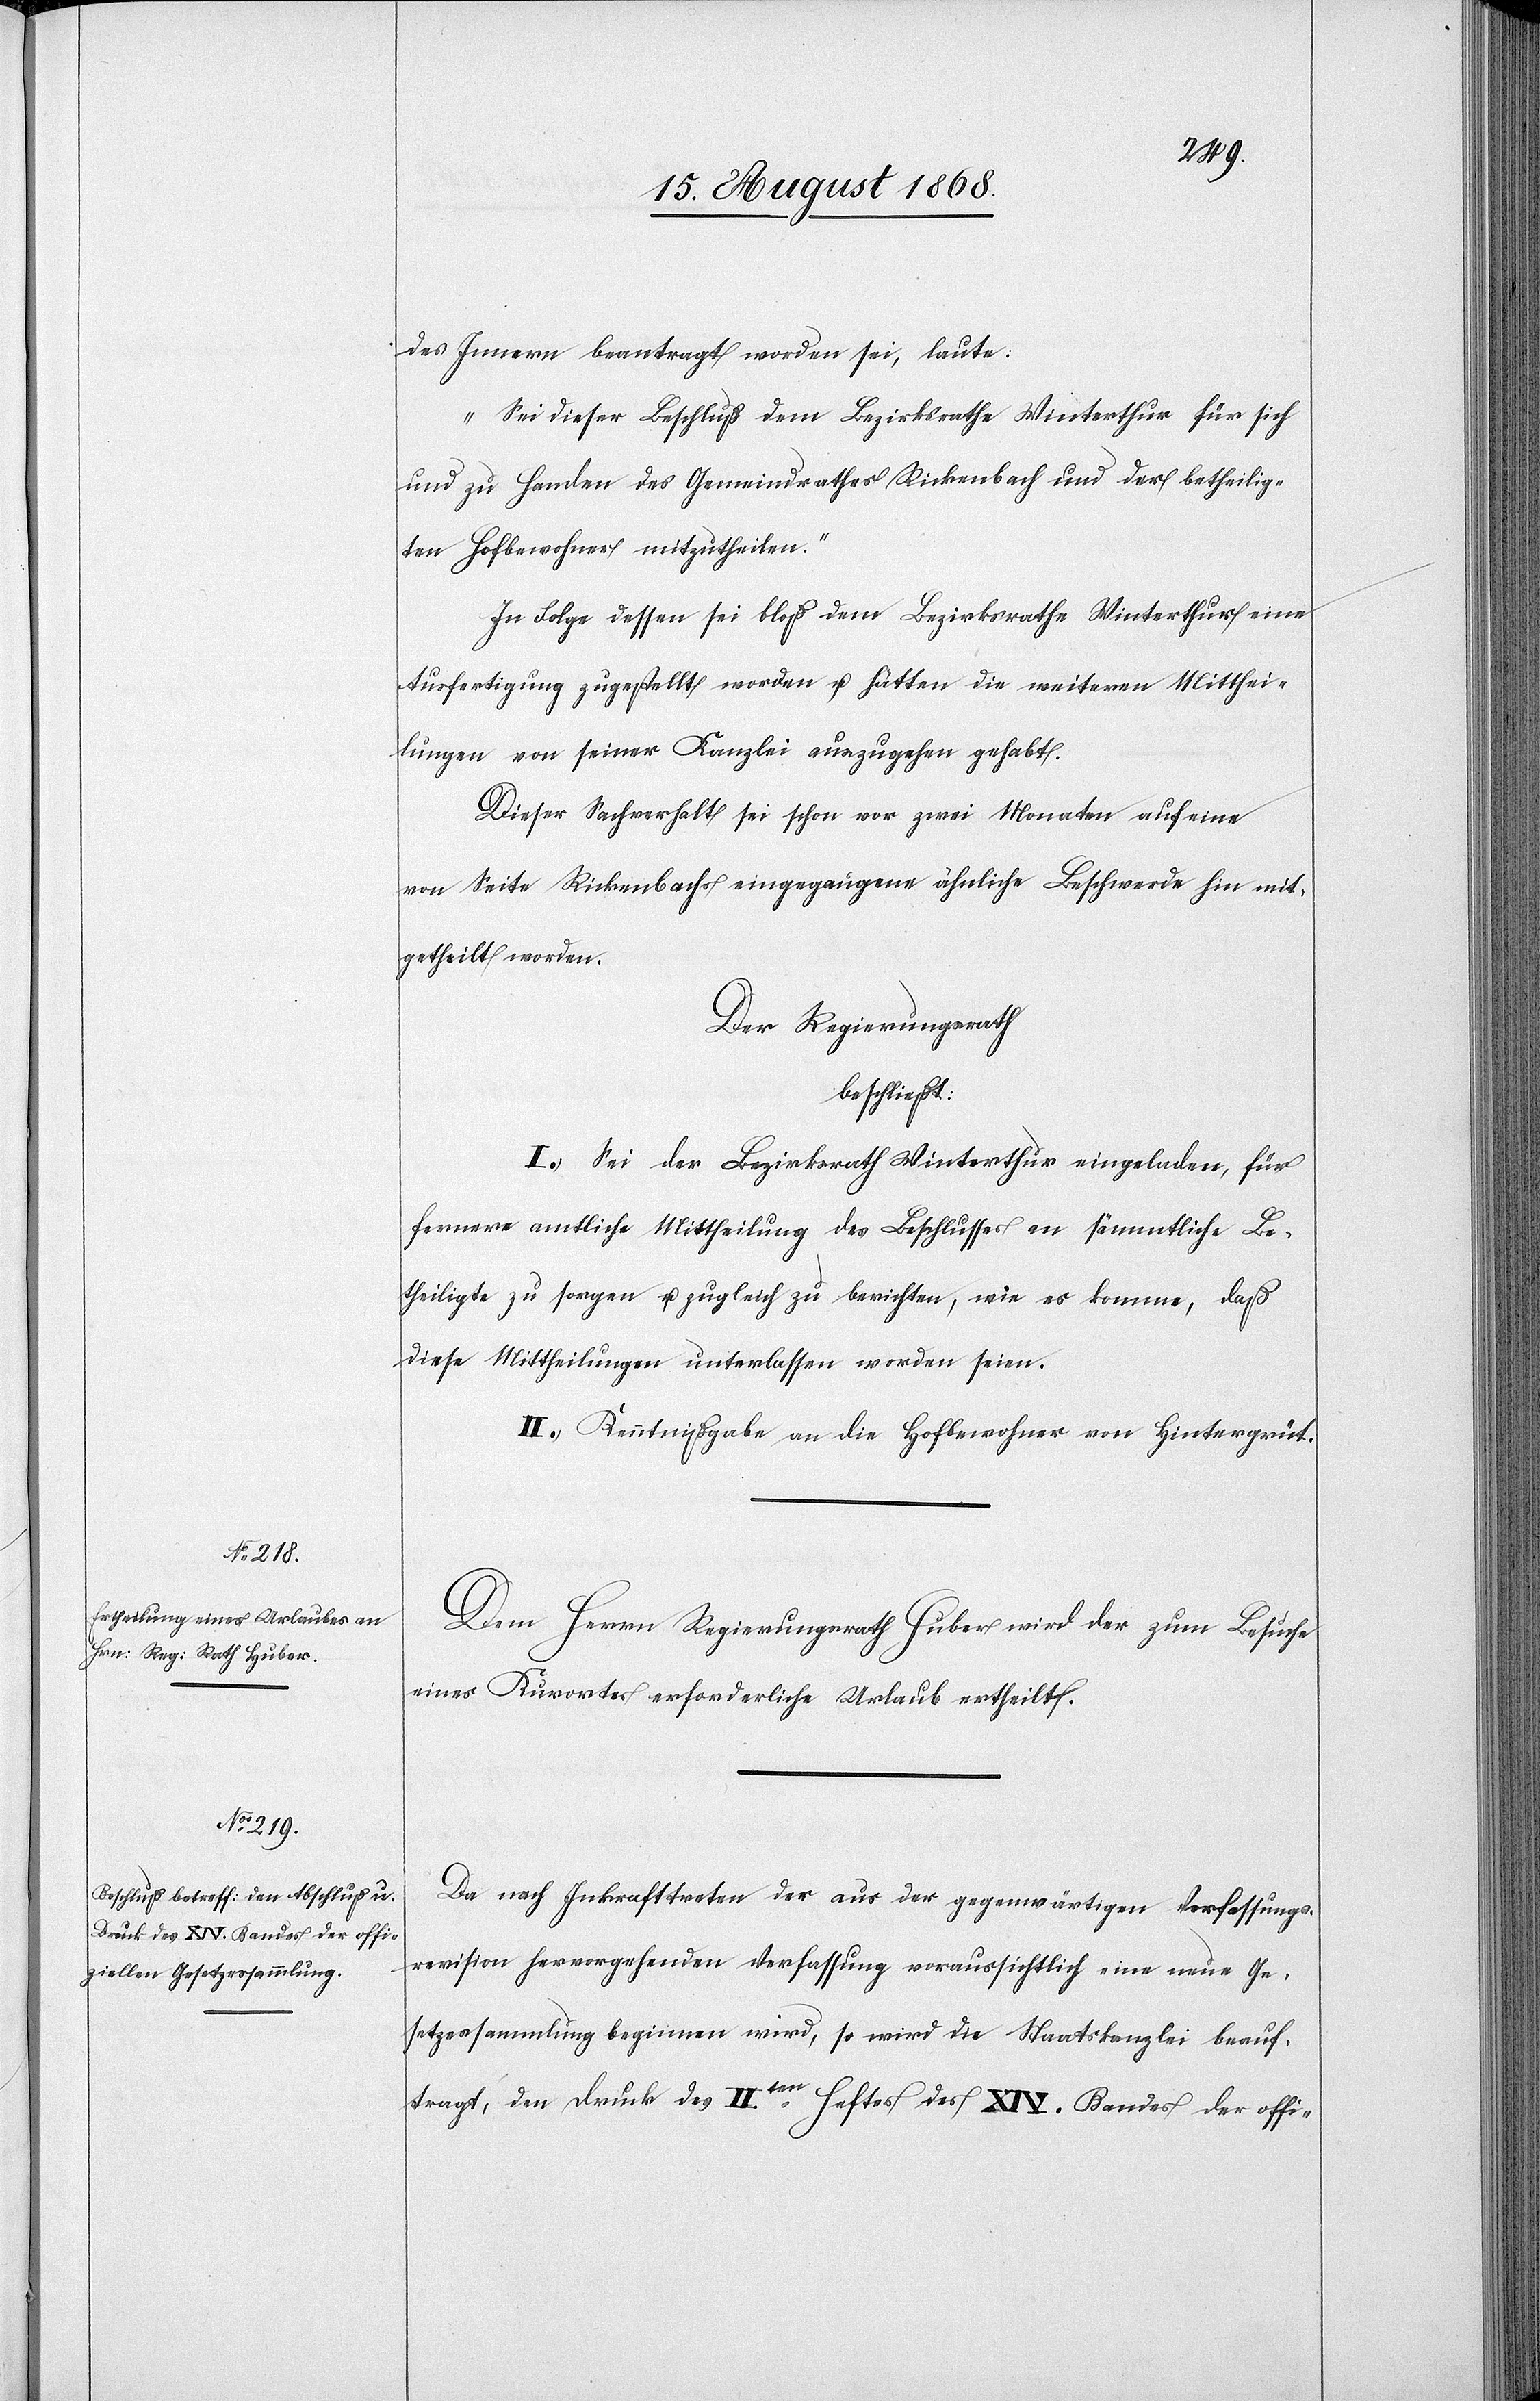
des Innern beantragt worden sei, laute:
„Sei dieser Beschluß dem Bezirksrathe Winterthur für sich
und zu Handen des Gemeindrathes Rickenbach und der betheilig¬
ten Hofbewohner mitzutheilen.“
In Folge dessen sei bloß dem Bezirksrathe Winterthur eine
Ausfertigung zugestellt worden u. hätten die weiteren Mitthei¬
lungen von seiner Kanzlei auszugehen gehabt.
Dieser Sachverhalt sei schon vor zwei Monaten auf eine
von Seite Rickenbachs eingegangene ähnliche Beschwerde hin mit¬
getheilt worden.
Der Regierungsrath
beschließt:
I.) Sei der Bezirksrath Winterthur eingeladen, für
fernere amtliche Mittheilung des Beschlusses an sämmtliche Be¬
theiligte zu sorgen u. zugleich zu berichten, wie es komme, daß
diese Mittheilungen unterlassen worden seien.
II.) Kenntnißgabe an die Hofbewohner von Hintergrüt.
Dem Herrn Regierungsrath Huber wird der zum Besuche
eines Kurortes erforderliche Urlaub ertheilt.
Da nach Inkrafttreten der aus der gegenwärtigen Verfassungs¬
revision hervorgehenden Verfassung voraussichtlich eine neue Ge¬
setzessammlung beginnen wird, so wird die Staatskanzlei beauf¬
tragt, den Druck des IIten. Heftes des XIV. Bandes der offi-